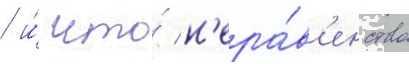
/ и́ что́ н'ера́в'енство